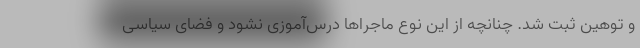
و توهین ثبت شد. چنانچه از این نوع ماجراها درس‌آموزی نشود و فضای سیاسی